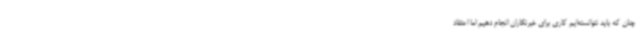
چنان که باید نتوانسته‌ایم کاری برای خبرنگاران انجام دهیم اما اعتقاد